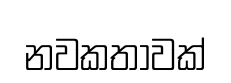
නවකතාවක්